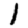
Digit: 1